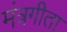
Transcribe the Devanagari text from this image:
मंत्रगीता